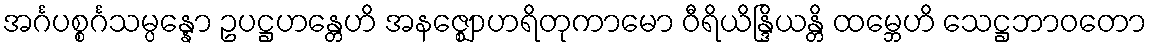
အင်္ဂပစ္စင်္ဂသမ္ပန္နော ဥပဋ္ဌဟန္တေဟိ အနဇ္ဈောဟရိတုကာမော ဝီရိယိန္ဒြိယန္တိ ထမ္ဘေဟိ သေဋ္ဌဘာဝတော